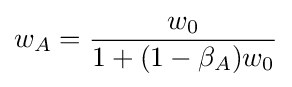
w_{A}={\frac {w_{0}}{1+(1-\beta _{A})w_{0}}}